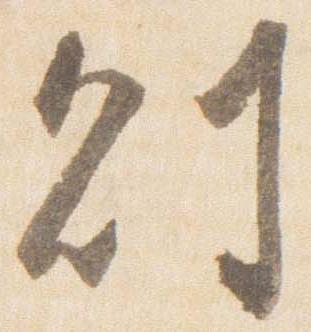
則